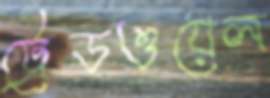
ট্রেডওয়েল